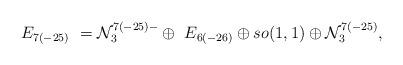
LaTeX: \begin{align*}E_{7(-25)}~=\mathcal{N}_{3}^{7(-25)-}\oplus ~E_{6(-26)}\oplus so(1,1)\oplus\mathcal{N}_{3}^{7(-25)}\newline\mathbf{,}\end{align*}